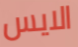
الايس